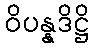
ဝိပန္နဒိဋ္ဌိ